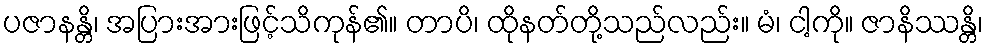
ပဇာနန္တိ၊ အပြားအားဖြင့်သိကုန်၏။ တာပိ၊ ထိုနတ်တို့သည်လည်း။ မံ၊ ငါ့ကို။ ဇာနိဿန္တိ၊